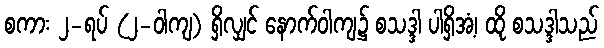
စကား ၂-ရပ် (၂-ဝါကျ) ရှိလျှင် နောက်ဝါကျ၌ စသဒ္ဒါ ပါရှိအံ့၊ ထို စသဒ္ဒါသည်